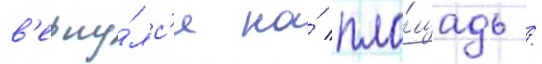
в'ерну́лс'я на́ пло́щадь /